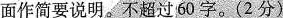
面作简要说明。不超过60字。(2分)